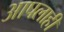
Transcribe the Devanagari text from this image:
आपलाही